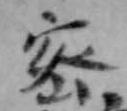
密